Calcutta medical institutions reports 1871-78
Year: 1871
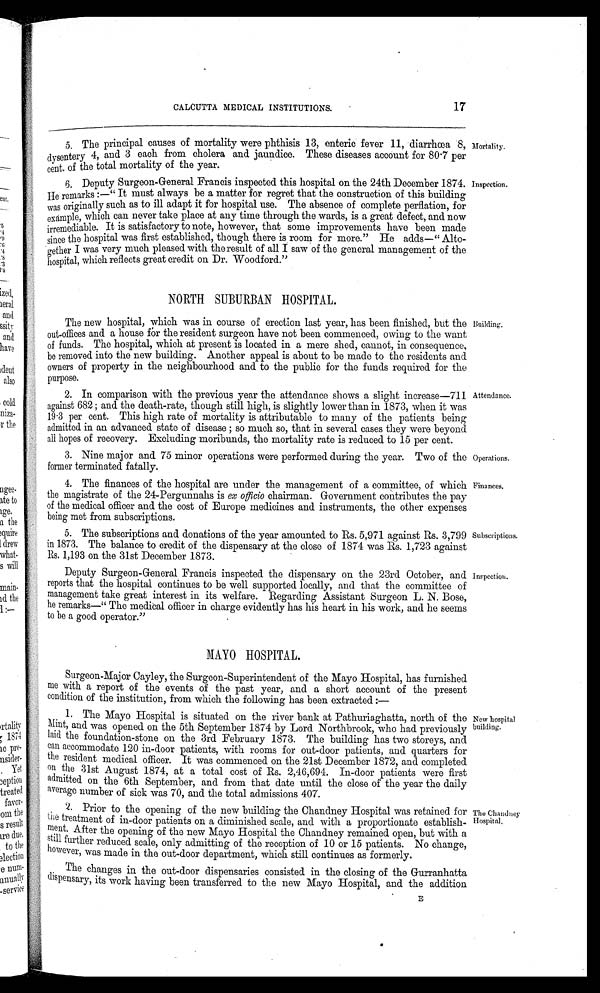
Operations.
Finances.
CALCUTTA MEDICAL INSTITUTIONS.
17
5. The principal causes of mortality were phthisis 13, enteric fever 11, diarrhœa 8,
dysentery 4, and 3 each from cholera and jaundice. These diseases account for 80.7 per
cent. of the total mortality of the year.
6. Deputy Surgeon-General Francis inspected this hospital on the 24th December 1874.
He remarks :— " It must always be a matter for regret that the construction of this building
was originally such as to ill adapt it for hospital use. The absence of complete perflation, for
example, which can never take place at any time through the wards, is a great defect, and now
irremediable. It is satisfactory to note, however, that some improvements have been made
since the hospital was first established, though there is room for more." He adds—" Alto--
gether I was very much pleased with the result of all I saw of the general management of the
hospital, which reflects great credit on Dr. Woodford."
Mortality.
Inspection.
NORTH SUBURBAN HOSPITAL.
The new hospital, which was in course of erection last year, has been finished, but the
out-offices and a house for the resident surgeon have not been commenced, owing to the want
of funds. The hospital, which at present is located in a mere shed, cannot, in consequence,
be removed into the new building. Another appeal is about to be made to the residents and
owners of property in the neighbourhood and to the public for the funds required for the
purpose.
2. In comparison with the previous year the attendance shows a slight increase-711
against 682 ; and the death-rate, though still high, is slightly lower than in 1873, when it was
19.3 per cent. This high rate of mortality is attributable to many of the patients being
admitted in an advanced state of disease ; so much so, that in several cases they were beyond
all hopes of recovery. Excluding moribunds, the mortality rate is reduced to 15 per cent.
3. Nine major and 75 minor operations were performed during the year. Two of the
former terminated fatally.
4. The finances of the hospital are under the management of a committee, of which
the magistrate of the 24-Pergunnahs is ex officio chairman. Government contributes the pay
of the medical officer and the cost of Europe medicines and instruments, the other expenses
being met from subscriptions.
5. The subscriptions and donations of the year amounted to Rs. 5,971 against Rs. 3,799
in 1873. The balance to credit of the dispensary at the close of 1874 was Rs. 1,723 against
Rs. 1,193 on the 31st December 1873.
Deputy Surgeon-General Francis inspected the dispensary on the 23rd October, and
reports that the hospital continues to be well supported locally, and that the committee of
management take great interest in its welfare. Regarding Assistant Surgeon L. N. Bose,
he remarks—" The medical officer in charge evidently has his heart in his work, and he seems
to be a good operator."
MAYO HOSPITAL.
Surgeon-Major Cayley, the Surgeon-Superintendent of the Mayo Hospital, has furnished
me with a report of the events of the past year, and a short account of the present
condition of the institution, from which the following has been extracted
The Mayo Hospital is situated on the river bank at Pathuriaghatta, north of the
Mint, and was opened on the 5th September 1874 by Lord Northbrook, who had previously
laid the foundation-stone on the 3rd February 1873. The building has two storeys, and
can accommodate 120 in-door patients, with rooms for out-door patients, and quarters for
the resident medical officer. It was commenced on the 21st December 1872, and completed
on the 31st August 1874, at a total cost of Rs. 2,46,694. In-door patients were first
admitted on the 6th September, and from that date until the close of the year the daily
average number of sick was 70, and the total admissions 407.
2. Prior to the opening of the new building the Chanciney Hospital was retained for
die treatment of in-door patients on a diminished scale, and with a proportionate
e s t a b l i s h m e n t . A f t e r t h e o p e n i n g o f t h e n e w M a y o H o s p i t a l t h e O h a n d n e y r e m a i n e d o p e n , b u t w i t h a
still further reduced scale, only admitting of the reception of 10 or 15 patients. No change,
however, was made in the out-door department, which still continues as formerly.
The changes in the out-door dispensaries consisted in the closing of the Gurranhatta
d i s s p e n s a r y , i t s w o r k h a v i n g b e e n t r a n s f e r r e d t o t h e n e w M a y o H o s p i t a l , a n d t h e a d d i t i o n
Building.
Attendance.
Subscriptions.
Inspection.
New hospital
building.
The Ohandney
Hospital.